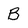
Character: B